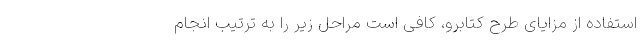
استفاده از مزایای طرح کتابرو، کافی است مراحل زیر را به ترتیب انجام